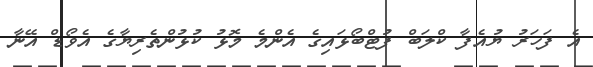
އެ ފަހަރު ޔުއެފާ ކްލަބް ފުޓްބޯޅައިގެ އެންމެ މޮޅު ކުޅުންތެރިޔާގެ އެވޯޑް އޭނާ